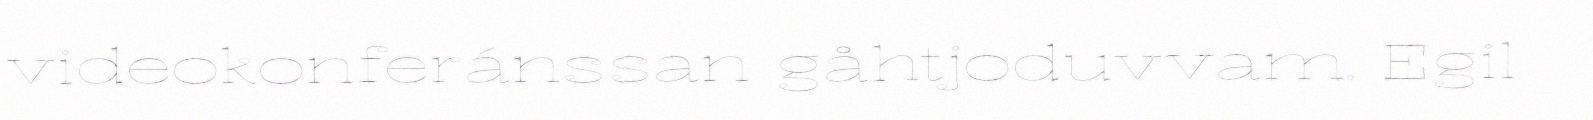
videokonferánssan gåhtjoduvvam. Egil